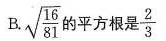
B. \sqrt{ \frac{16}{81}}的平方根是 \frac{2}{3}